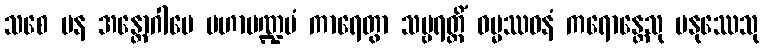
သစေ ပန အန္တောဂါမေ မဟာမဏ္ဍပံ ကာရေတွာ သဗ္ဗရတ္တိံ ဓမ္မဿဝနံ ကရောန္တေသု မနုဿေသု